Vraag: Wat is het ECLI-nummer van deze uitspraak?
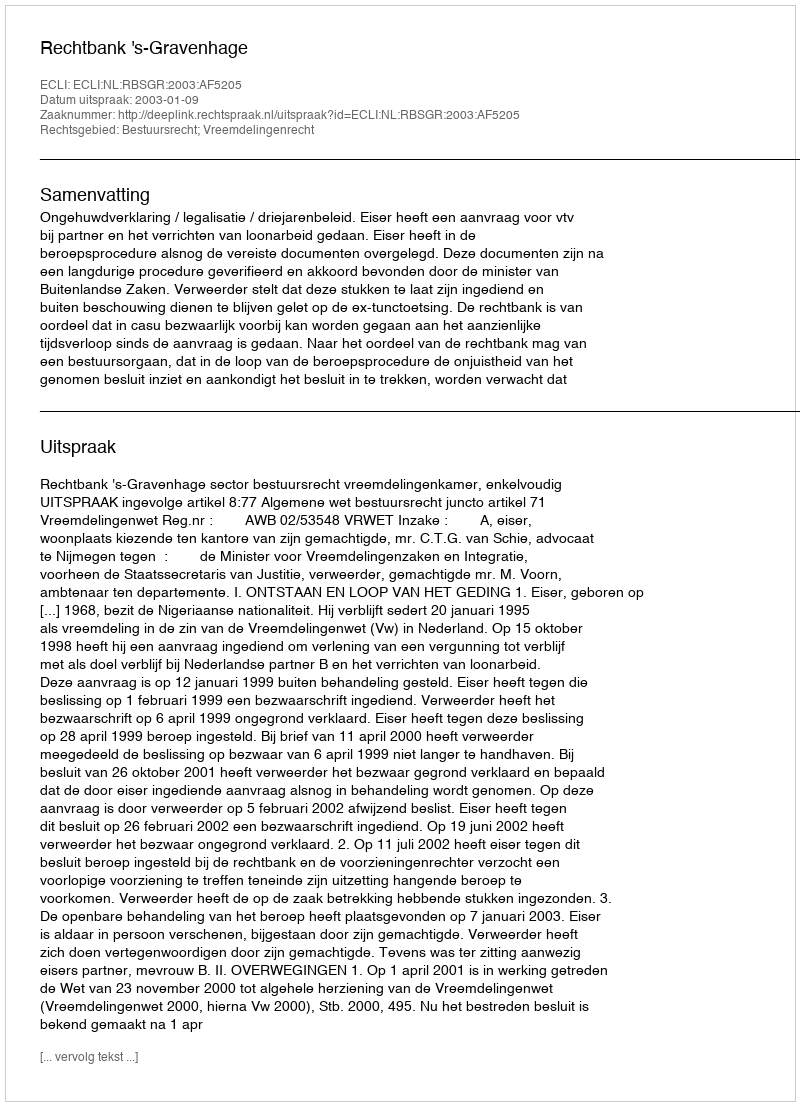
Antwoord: ECLI:NL:RBSGR:2003:AF5205